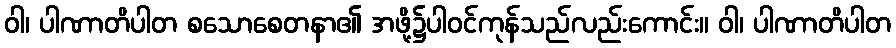
ဝါ၊ ပါဏာတိပါတ စသောစေတနာ၏ အဖို့၌ပါဝင်ကုန်သည်လည်းကောင်း။ ဝါ၊ ပါဏာတိပါတ